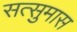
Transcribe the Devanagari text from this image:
सत्सुमास